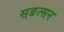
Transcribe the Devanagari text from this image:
सङत्सन